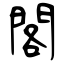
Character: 閣